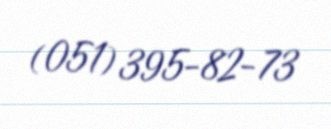
(051) 395-82-73